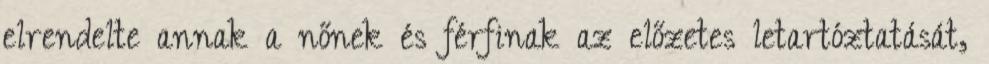
elrendelte annak a nőnek és férfinak az előzetes letartóztatását,